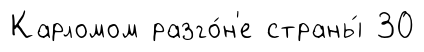
Карломом разго́н'е страны́ 30